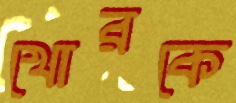
খোরকে